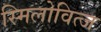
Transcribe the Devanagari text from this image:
स्मिलोवित्ज